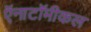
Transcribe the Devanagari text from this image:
ऍनाटॉमीकल